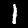
Digit: 1